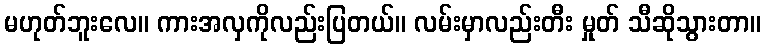
မဟုတ်ဘူးလေ။ ကားအလှကိုလည်းပြတယ်။ လမ်းမှာလည်းတီး မှုတ် သီဆိုသွားတာ။